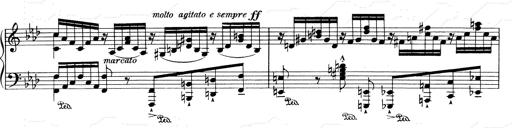
Title: Weinen, Klagen, Sorgen, Zagen
Composer: Franz Liszt